[Report on the health of British troops in the Madras command]
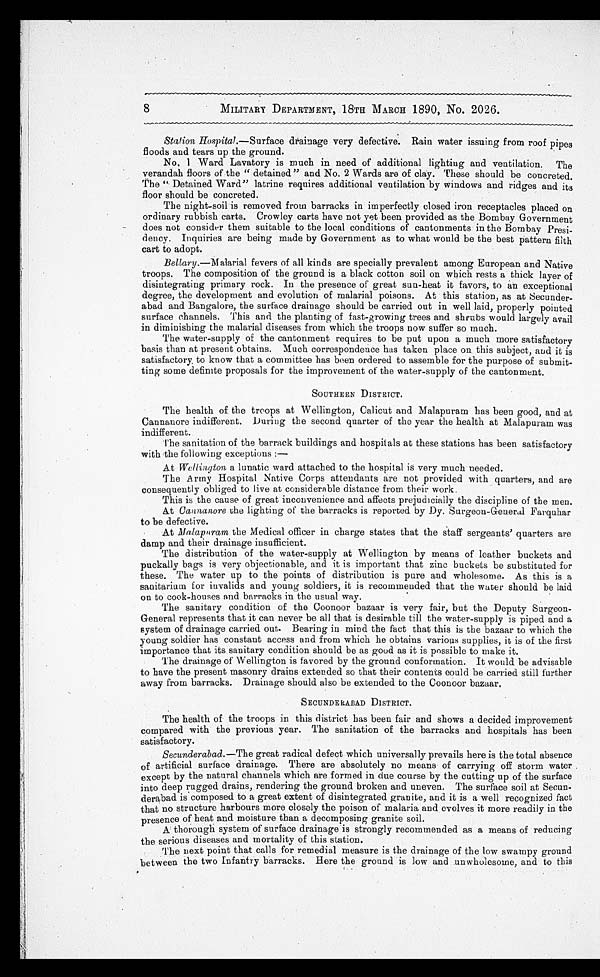
8
MILITARY DEPARTMENT, 18TH MARCH 1890, No. 2026.
Station Hospital.—Surface drainage very defective. Rain water issuing from roof pipes
floods and tears up the ground.
No. 1 Ward Lavatory is much in need of additional lighting and ventilation. The
verandah floors of the " detained" and No. 2 Wards are of clay. These should be concreted.
The " Detained Ward" latrine requires additional ventilation by windows and ridges and its
floor should be concreted.
The night-soil is removed from barracks in imperfectly closed iron receptacles placed on
ordinary rubbish carts. Crowley carts have not yet been provided as the Bombay Government
does not consider them suitable to the local conditions of cantonments in the Bombay Presi
-dency. Inquiries are being made by Government as to what would be the best pattern filth
cart to adopt.
Bellary.—Malarial fevers of all kinds are specially prevalent among European and Native
troops. The composition of the ground is a black cotton soil on which rests a thick layer of
disintegrating primary rock. In the presence of' great sun-heat it favors, to an exceptional
degree, the development and evolution of malarial poisons. At this station, as at Secunder
-abad and Bangalore, the surface drainage should be carried out in well laid, properly pointed
surface channels. This and the planting of fast-growing trees and shrubs would largely avail
in diminishing the malarial diseases from which the troops now suffer so much.
The water-supply of the cantonment requires to be put upon a much more satisfactory
basis than at present obtains. Much correspondence has taken place on this subject, and it is
satisfactory to know that a committee has been ordered to assemble for the purpose of submit
-ting some definite proposals for the improvement of the water-supply of the cantonment.
SOUTHERN DISTRICT.
The health of the troops at Wellington, Calicut and Malapuram has been good, and at
Cannanore indifferent. During the second quarter of the year the health at Malapuram was
indifferent.
The sanitation of the barrack buildings and hospitals at these stations has been satisfactory
with the following exceptions :—
At Wellington a lunatic ward attached to the hospital is very much needed.
The Army Hospital Native Corps attendants are not provided with quarters, and are
consequently obliged to live at considerable distance from their work.
This is the cause of great inconvenience and affects prejudicially the discipline of the men.
At Cannanore the lighting of the barracks is reported by Dy. Surgeon-General Farquhar
to be defective.
At Malapuram the Medical officer in charge states that the staff sergeants' quarters are
damp and their drainage insufficient.
The distribution of the water-supply at Wellington by means of leather buckets and
puckally bags is very objectionable, and it is important that zinc buckets be substituted for
these. The water up to the points of distribution is pure and wholesome. As this is a
sanitarium for invalids and young soldiers, it is recommended that the water should be laid
on to cook-houses and barracks in the usual way.
The sanitary condition of the Coonoor bazaar is very fair, but the Deputy Surgeon
-General represents that it can never be all that is desirable till the water-supply is piped and a
system of drainage carried out. Bearing in mind the fact that this is the bazaar to which the
young solider has constant access and from which he obtains various supplies, it is of the first
importance that its sanitary condition should be as good as it is possible to make it.
The drainage of Wellington is favored by the ground conformation. It would be advisable
to have the present masonry drains extended so that their contents could be carried still further
away from barracks. Drainage should also be extended to the Coonoor bazaar.
SECUNDERABAD DISTRICT.
The health of the troops in this district has been fair and shows a decided improvement
compared with the previous year. The sanitation of the barracks and hospitals has been
satisfactory.
Secunderabad. —The great radical defect which universally prevails here is the total absence
of artificial surface drainage. There are absolutely no means of carrying off storm water ,
except by the natural channels which are formed in due course by the cutting up of the surface
into deep rugged drains, rendering the ground broken and uneven. The surface soil at Secun
-derabad is composed to a great extent of disintegrated granite, and it is a well recognized fact
that no structure harbours more closely the poison of malaria and evolves it more readily in the
presence of heat and moisture than a decomposing granite soil.
A thorough system of surface drainage is strongly recommended as a means of reducing
the serious diseases and mortality of this station.
The next point that calls for remedial measure is the drainage of the low swampy ground
between the two Infantry barracks. Here the ground is low and unwholesome, and to this